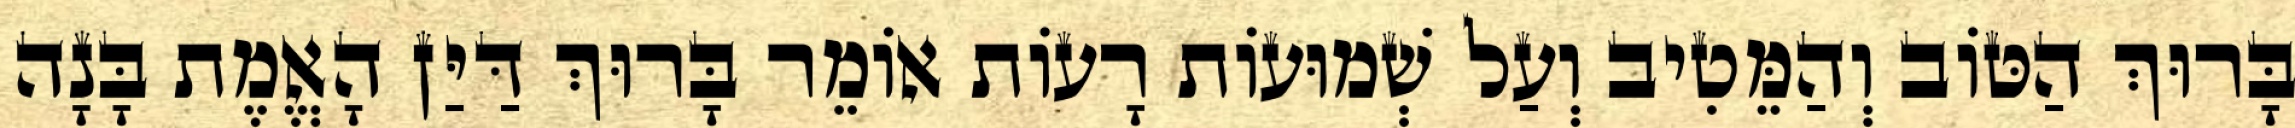
בָּרוּךְ הַטּוֹב וְהַמֵּטִיב וְעַל שְׁמוּעוֹת רָעוֹת אוֹמֵר בָּרוּךְ דַּיַּן הָאֱמֶת בָּנָה